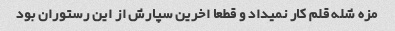
مزه شله قلم کار نمیداد و قطعا اخرین سپارش از این رستوران بود